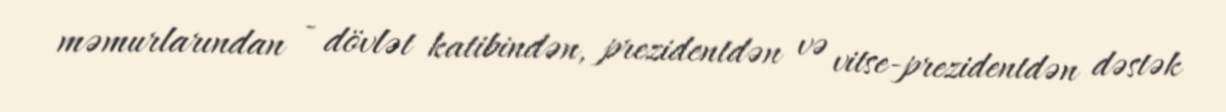
məmurlarından - dövlət katibindən, prezidentdən və vitse-prezidentdən dəstək